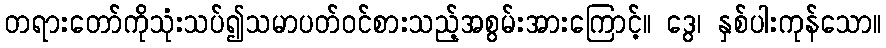
တရားတော်ကိုသုံးသပ်၍သမာပတ်ဝင်စားသည့်အစွမ်းအားကြောင့်။ ဒွေ၊ နှစ်ပါးကုန်သော။